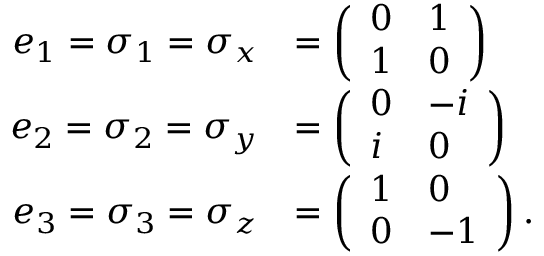
{ \begin{array} { r l } { e _ { 1 } = \sigma _ { 1 } = \sigma _ { x } } & { = { \left( \begin{array} { l l } { 0 } & { 1 } \\ { 1 } & { 0 } \end{array} \right) } } \\ { e _ { 2 } = \sigma _ { 2 } = \sigma _ { y } } & { = { \left( \begin{array} { l l } { 0 } & { - i } \\ { i } & { 0 } \end{array} \right) } } \\ { e _ { 3 } = \sigma _ { 3 } = \sigma _ { z } } & { = { \left( \begin{array} { l l } { 1 } & { 0 } \\ { 0 } & { - 1 } \end{array} \right) } \, . } \end{array} }